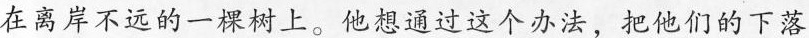
在离岸不远的一棵树上。他想通过这个办法，把他们的下落